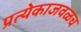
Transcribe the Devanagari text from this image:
प्रत्येकाजवळच